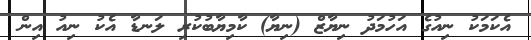
އެކަމަކު ނިއުގެ އަހުމަދު ނިޔާޒް (ނިޔާ) ކާމިޔާބުކުރި ލަނޑާ އެކު ނިއު އިން